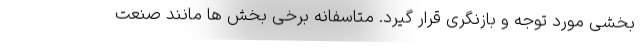
بخشی مورد توجه و بازنگری قرار گیرد. متاسفانه برخی بخش ها مانند صنعت